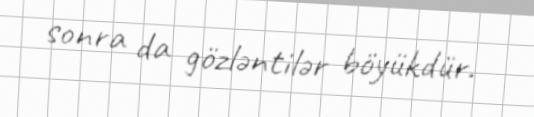
sonra da gözləntilər böyükdür.